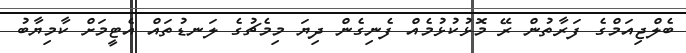
ބެލްޖިއަމްގެ ފަރާތުން ރޭ މޮޅުކުޅުމެއް ފެނިގެން ދިޔަ މިމެޗުގެ ލަނޑުތައް އެޓީމަށް ކާމިޔާބު